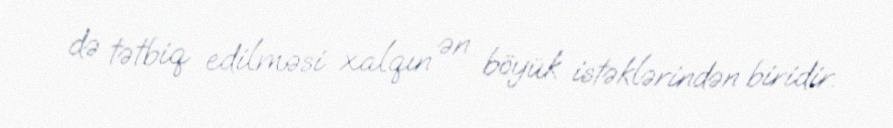
də tətbiq edilməsi xalqın ən böyük istəklərindən biridir.